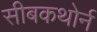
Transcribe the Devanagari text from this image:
सीबकथोर्न